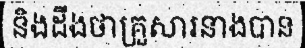
និងដឹងថាគ្រួសារនាងបាន